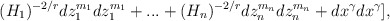
\begin{align*}(H_{1})^{-2/r}dz_{1}^{m_{1}}dz_{1}^{m_{1}}+...+(H_{n})^{-2/r}dz_{n}^{m_{n}}dz_{n}^{m_{n}}+dx^{\gamma}dx^{\gamma}], \end{align*}